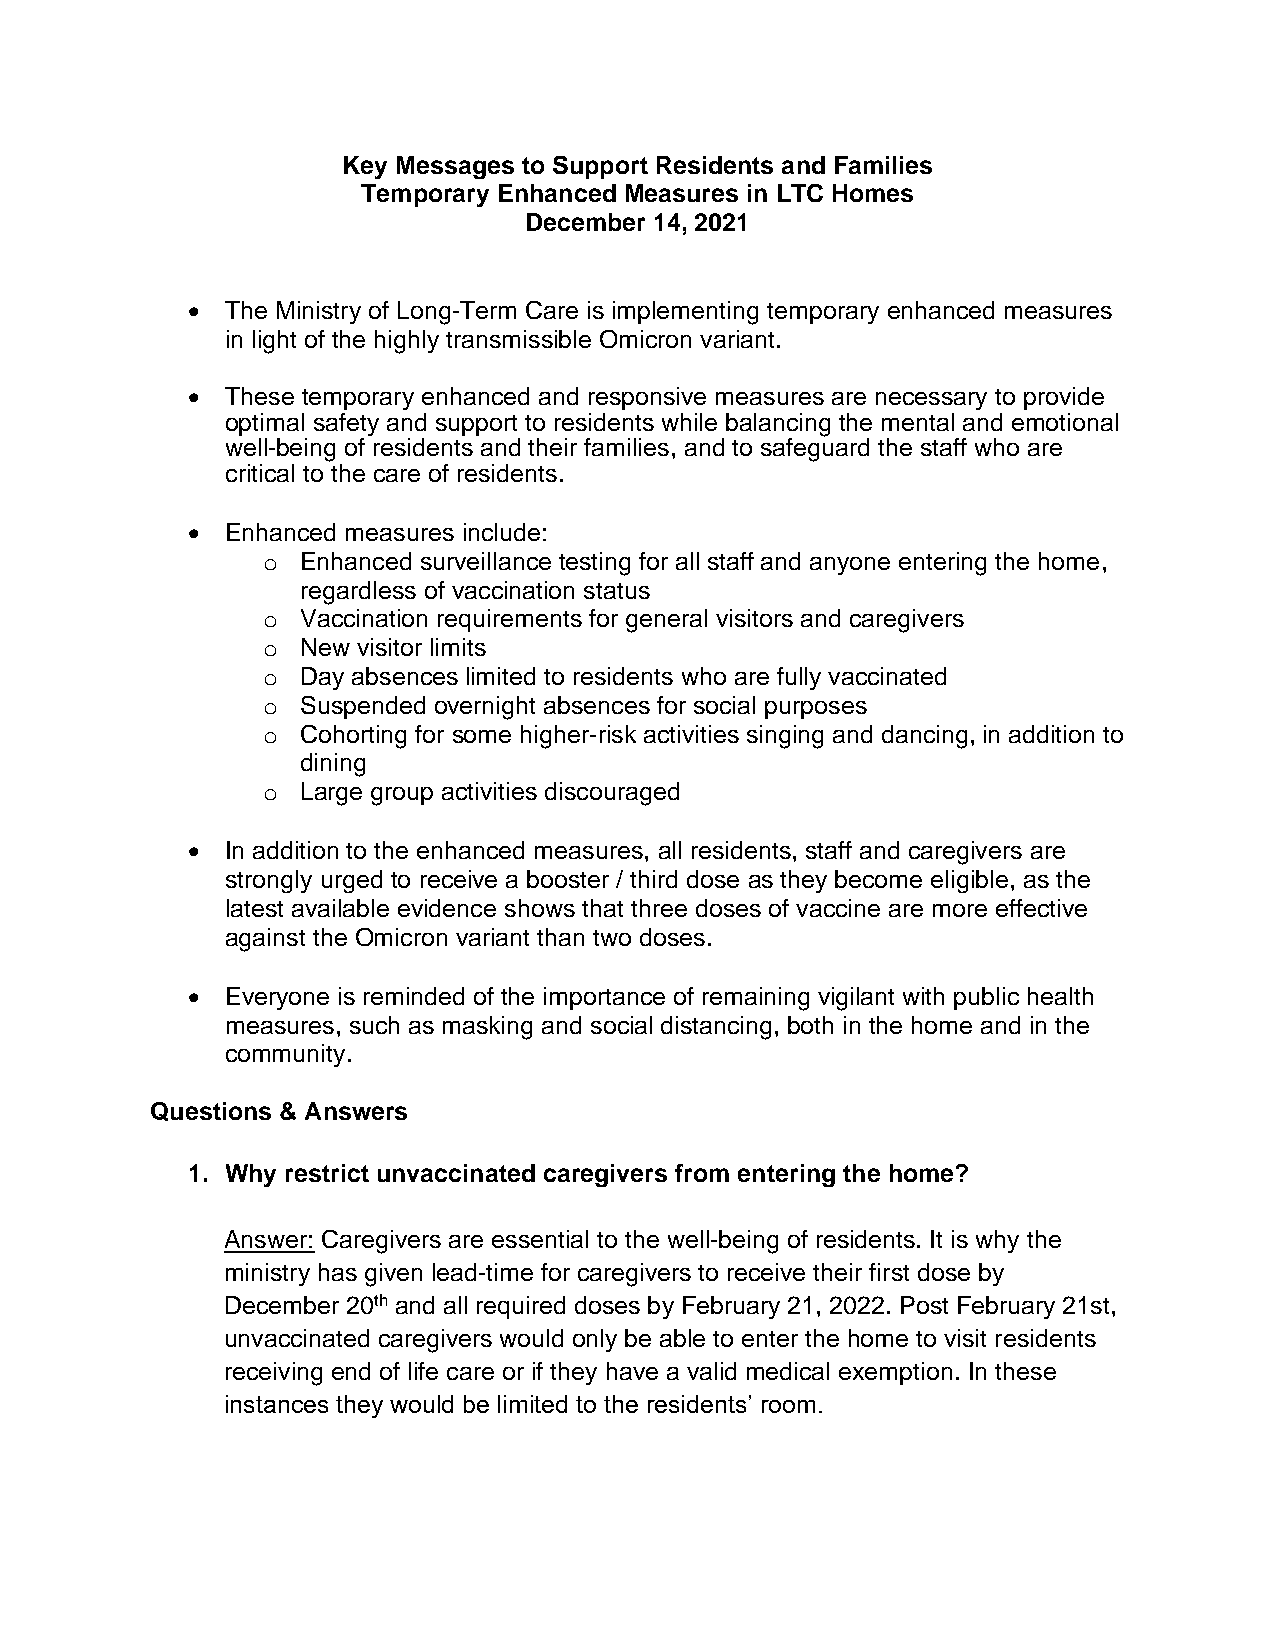
Key Messages to Support Residents and Families
 Temporary Enhanced Measures in LTC Homes
 December 14, 2021
 •  The Ministry of Long-Term Care is implementing temporary enhanced measures
 in light of the highly transmissible Omicron variant.
 •  These temporary enhanced and responsive measures are necessary to provide
 optimal safety and support to residents while balancing the mental and emotional
 well-being of residents and their families, and to safeguard the staff who are
 critical to the care of residents.
 •  Enhanced measures include:
 o  Enhanced surveillance testing for all staff and anyone entering the home,
 regardless of vaccination status
 o  Vaccination requirements for general visitors and caregivers
 o  New visitor limits
 o  Day absences limited to residents who are fully vaccinated
 o  Suspended overnight absences for social purposes
 o  Cohorting for some higher-risk activities singing and dancing, in addition to
 dining
 o  Large group activities discouraged
 •  In addition to the enhanced measures, all residents, staff and caregivers are
 strongly urged to receive a booster / third dose as they become eligible, as the
 latest available evidence shows that three doses of vaccine are more effective
 against the Omicron variant than two doses.
 •  Everyone is reminded of the importance of remaining vigilant with public health
 measures, such as masking and social distancing, both in the home and in the
 community.
 Questions & Answers
 1. Why restrict unvaccinated caregivers from entering the home?
 Answer: Caregivers are essential to the well-being of residents. It is why the
 ministry has given lead-time for caregivers to receive their first dose by
 December 20th and all required doses by February 21, 2022. Post February 21st,
 unvaccinated caregivers would only be able to enter the home to visit residents
 receiving end of life care or if they have a valid medical exemption. In these
 instances they would be limited to the residents’ room.